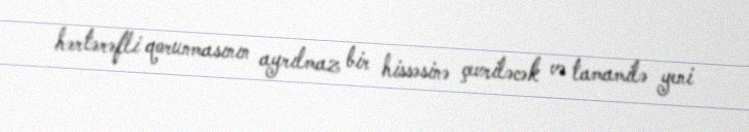
hərtərəfli qorunmasının ayrılmaz bir hissəsinə çevriləcək və tamamilə yeni